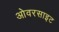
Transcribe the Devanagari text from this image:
ओवरसाइट